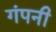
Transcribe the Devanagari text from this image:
गंपनी